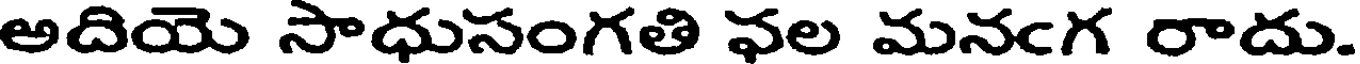
అదియె సాధుసంగతి ఫల మనఁగ రాదు.